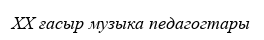
XX ғасыр музыка педагогтары